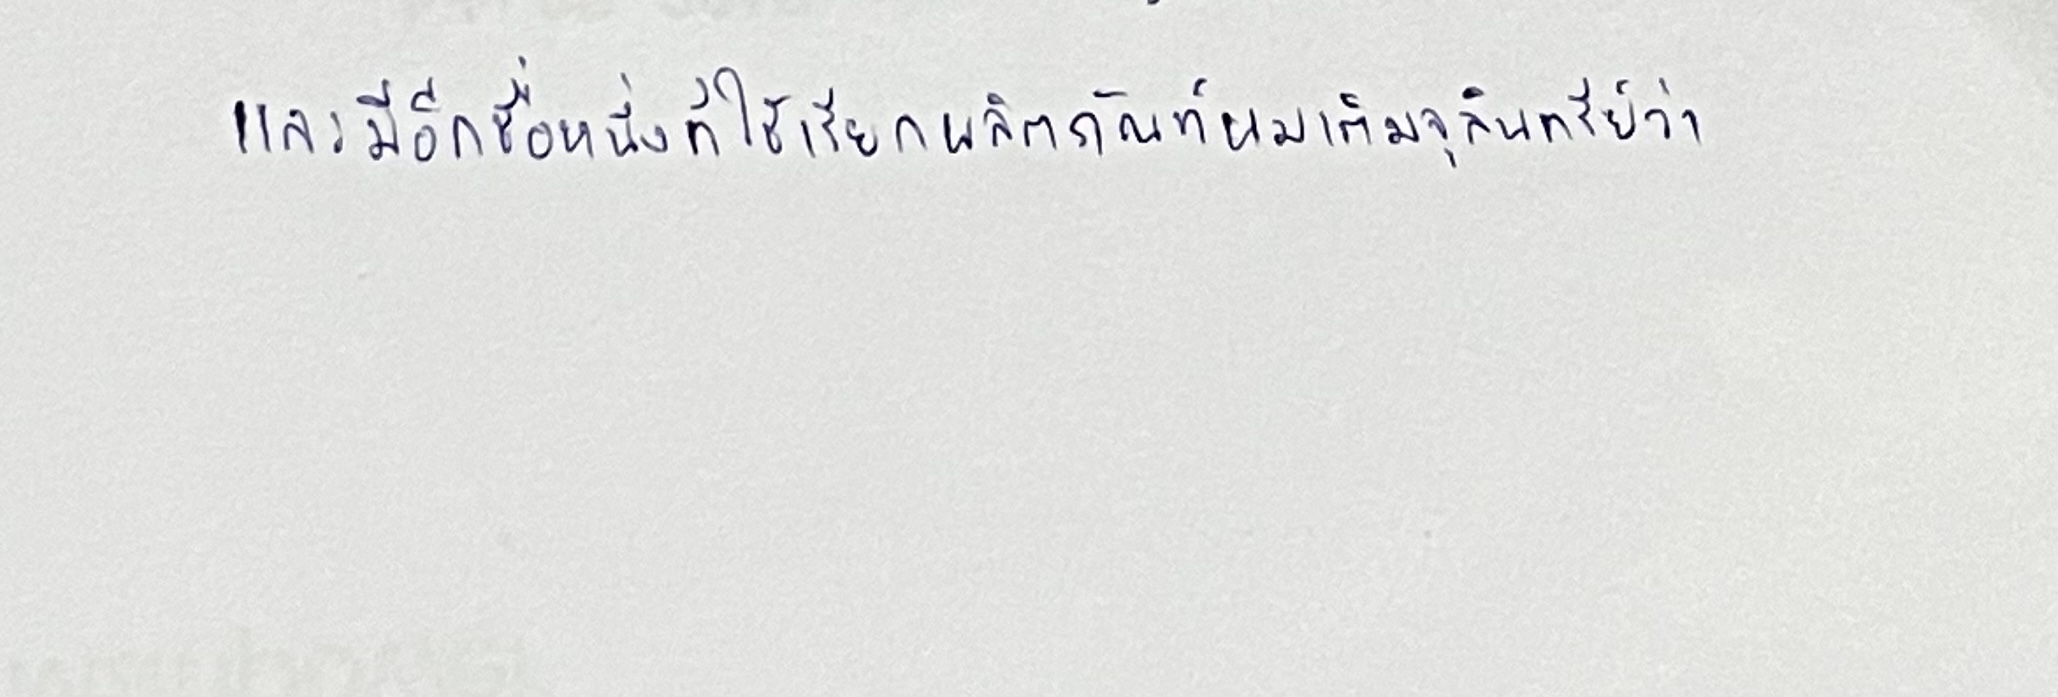
และมีอีกชื่อหนึ่งที่ใช้เรียกผลิตภัณฑ์นมที่เติมจุลินทรีย์ว่า